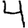
Digit: 4